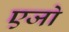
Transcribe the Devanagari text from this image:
एजो